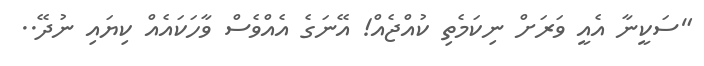
"ސަކީނާ އެއީ ވަރަށް ނިކަމެތި ކުއްޖެއް! އޭނަގެ އެއްވެސް ވާހަކައެއް ކިޔައި ނުދޭ..